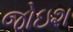
જોઇશ